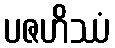
ပဇဟိဿံ